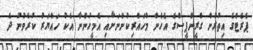
ޕެރެޓްގެ އިތުރުން ގްރީންޕީސްގެ އެހެން މުހައްރިކުންނަށާއި އެމީހުންނާ އެކު ހައްޔަރު ކުރެވުނު ދެ